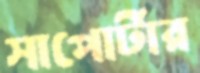
সাপোর্টার